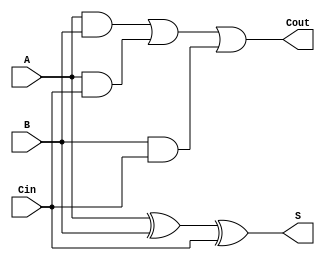
module full_adder(S, Cout, A, B, Cin);
    input A, B, Cin;
    output Cout, S;
    wire w1, w2, w3;

    xor S_result(S, A, B, Cin);
    and A_and_B(w1, A, B);
    and A_and_C(w2, A, Cin);
    and B_and_C(w3, B, Cin);

    or Cout_result(Cout, w1, w2, w3);

endmodule